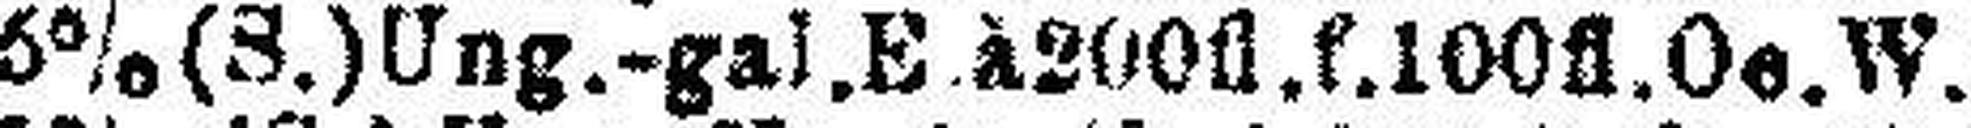
5% (S.) Ung.-gal.E à 200fl.f.100fl. Oe. W.